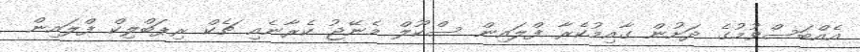
އެއްބަސްވުމުގެ ދަށުން ގާއިމުކެރާ ފްލައިން ސްކޫލް މެނޭޖު ކެރާނެއި ޗެކް ރިޕަބްލިކް ފްލައިން